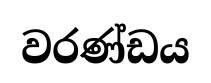
වරණ්ඩය